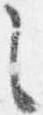
之